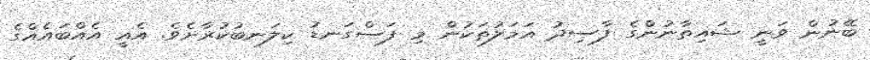
ބޭނުން ވަނީ ޝައިތާނުންގެ ފާސިދު އަމަލުތަކުން މި ފަސްގަނޑު ކިލަނބުކުރާށެވެ. އެއީ އެއްބައެއްގެ